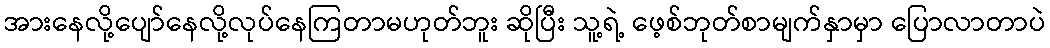
အားနေလို့ပျော်နေလို့လုပ်နေကြတာမဟုတ်ဘူး ဆိုပြီး သူ့ရဲ့ ဖေ့စ်ဘုတ်စာမျက်နှာမှာ ပြောလာတာပဲ